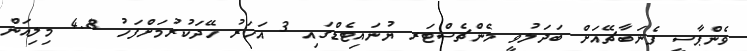
ވެންޕާސީ ފެނަބާޗޭއަށް ބަދަލުވީ މެންޗެސްޓަރ ޔުނައިޓެޑްގައި 3 އަހަރު ހޭދަކުރުމަށްފަހު 4.8 މިލިއަން